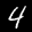
Label: 4